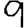
Digit: 9